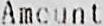
AMOUNT